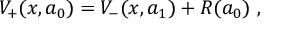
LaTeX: V _ { + } ( x , a _ { 0 } ) = V _ { - } ( x , a _ { 1 } ) + R ( a _ { 0 } ) ~ ,